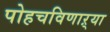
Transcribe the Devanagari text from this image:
पोहचविणाऱ्या